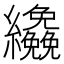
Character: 𦇿